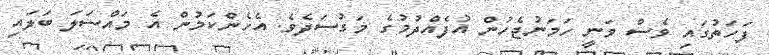
ފަހަތުގައި ވެސް ވަނީ ހަމަނުޖެހުން އުފެއްދުމުގެ މަގުސަދެވެ. އެހެންކަމުން އެ މައްސަލަ ބަލައި